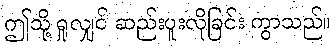
ဤသို့ ရှုလျှင် ဆည်းပူးလိုခြင်း ကွာသည်။